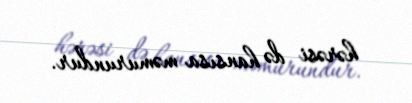
hərəsi də hansısa məmurundur.